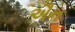
ઐન